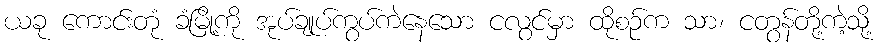
ယခု ကောင်းတုံ ခံမြို့ကို အုပ်ချုပ်ကွပ်ကဲနေသော ငလွင်မှာ ထိုစဉ်က သာ၊ ငတွန်တို့ကဲ့သို့